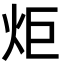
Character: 炬